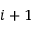
i + 1